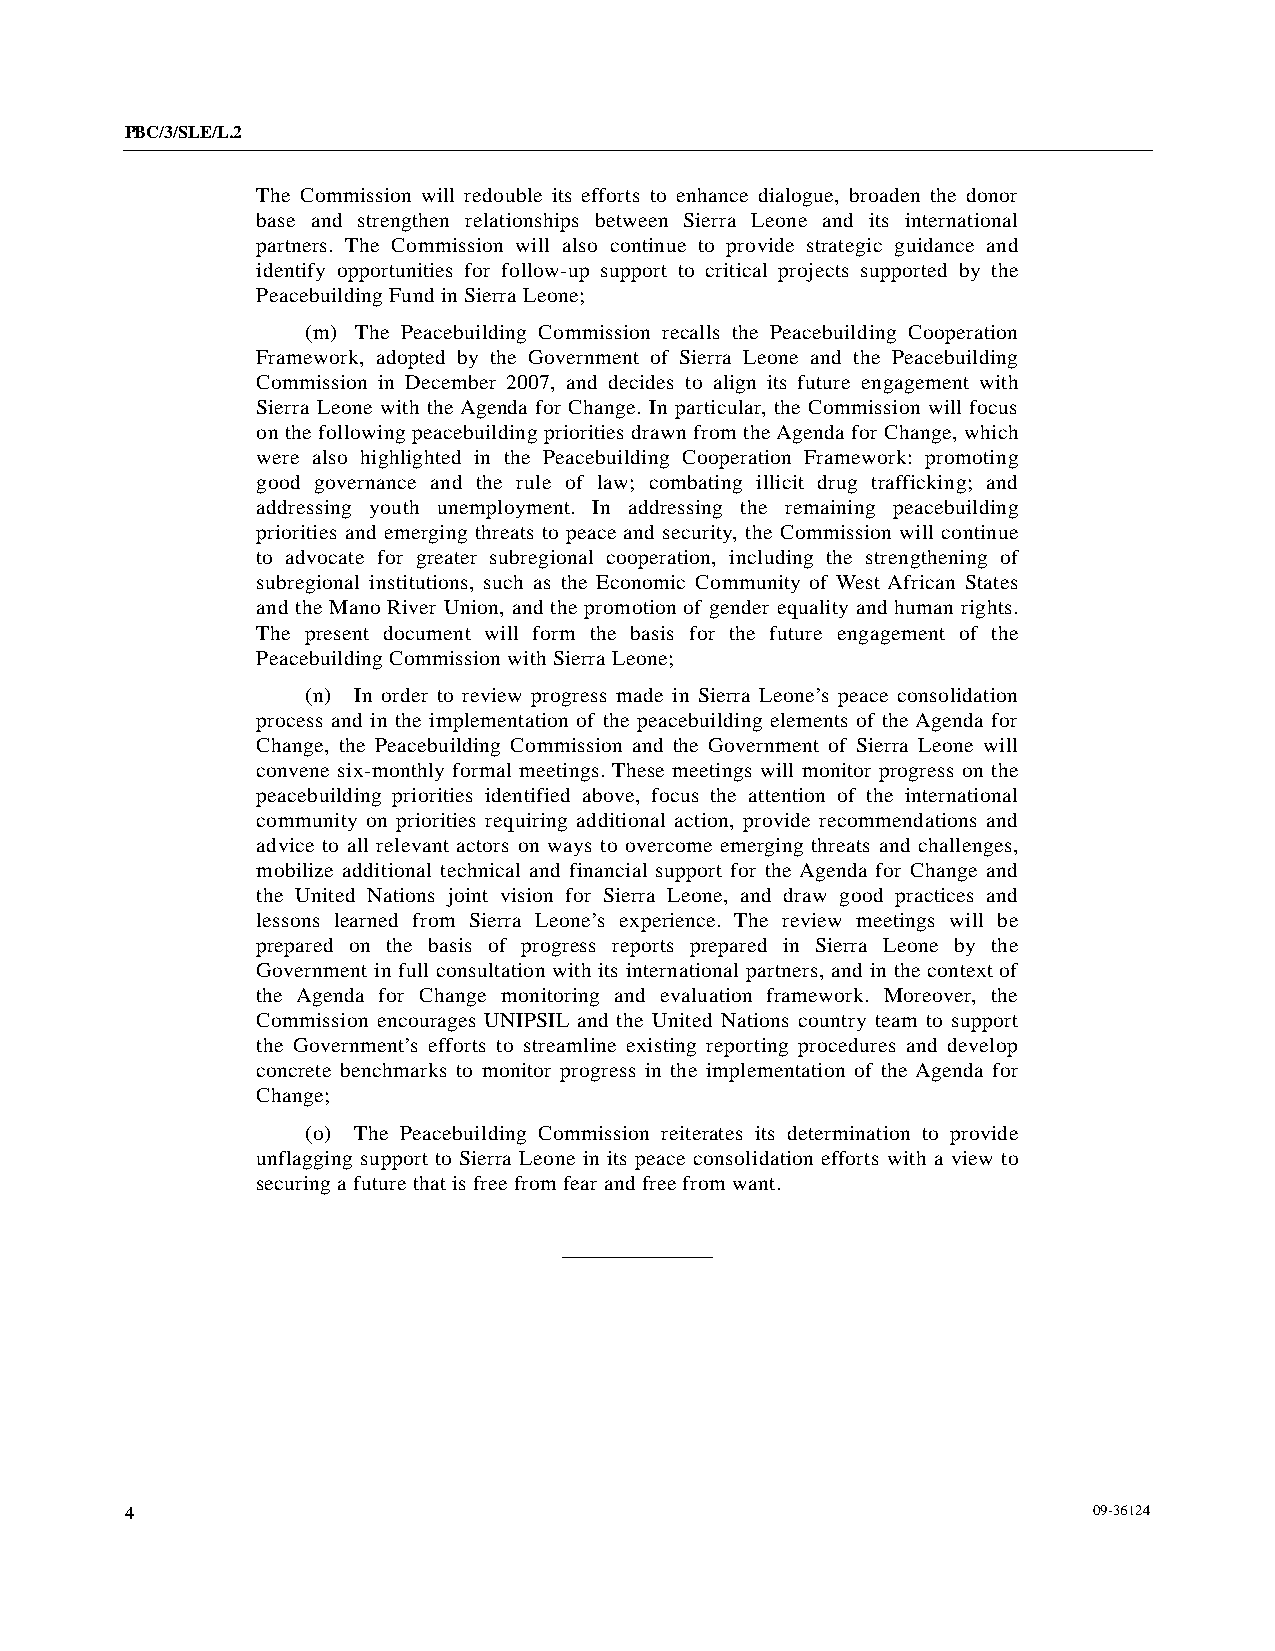
PBC/3/SLE/L.2
 The Commission will redouble its efforts to enhance dialogue, broaden the donor
 base and strengthen relationships between Sierra Leone and its international
 partners. The Commission will also continue to provide strategic guidance and
 identify opportunities for follow-up support to critical projects supported by the
 Peacebuilding Fund in Sierra Leone;
 (m) The Peacebuilding Commission recalls the Peacebuilding Cooperation
 Framework, adopted by the Government of Sierra Leone and the Peacebuilding
 Commission in December 2007, and decides to align its future engagement with
 Sierra Leone with the Agenda for Change. In particular, the Commission will focus
 on the following peacebuilding priorities drawn from the Agenda for Change, which
 were also highlighted in the Peacebuilding Cooperation Framework: promoting
 good governance and the rule of law; combating illicit drug trafficking; and
 addressing youth unemployment. In addressing the remaining peacebuilding
 priorities and emerging threats to peace and security, the Commission will continue
 to advocate for greater subregional cooperation, including the strengthening of
 subregional institutions, such as the Economic Community of West African States
 and the Mano River Union, and the promotion of gender equality and human rights.
 The present document will form the basis for the future engagement of the
 Peacebuilding Commission with Sierra Leone;
 (n) In order to review progress made in Sierra Leone’s peace consolidation
 process and in the implementation of the peacebuilding elements of the Agenda for
 Change, the Peacebuilding Commission and the Government of Sierra Leone will
 convene six-monthly formal meetings. These meetings will monitor progress on the
 peacebuilding priorities identified above, focus the attention of the international
 community on priorities requiring additional action, provide recommendations and
 advice to all relevant actors on ways to overcome emerging threats and challenges,
 mobilize additional technical and financial support for the Agenda for Change and
 the United Nations joint vision for Sierra Leone, and draw good practices and
 lessons learned from Sierra Leone’s experience. The review meetings will be
 prepared on the basis of progress reports prepared in Sierra Leone by the
 Government in full consultation with its international partners, and in the context of
 the Agenda for Change monitoring and evaluation framework. Moreover, the
 Commission encourages UNIPSIL and the United Nations country team to support
 the Government’s efforts to streamline existing reporting procedures and develop
 concrete benchmarks to monitor progress in the implementation of the Agenda for
 Change;
 (o) The Peacebuilding Commission reiterates its determination to provide
 unflagging support to Sierra Leone in its peace consolidation efforts with a view to
 securing a future that is free from fear and free from want.
 4                                                               09-36124